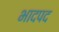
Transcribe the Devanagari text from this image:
भादपद